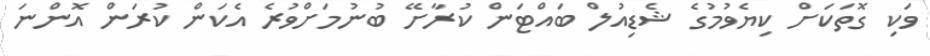
ވަކި ގޮތަކަށް ކިޔެވުމުގެ ޝެޑިއުލް ބައްޓަން ކުރާށޭ ބުނުމަށްވުރެ އެކަން ކުރަން އޮންނަ